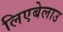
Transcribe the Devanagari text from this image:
लिएबेलाउ